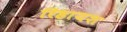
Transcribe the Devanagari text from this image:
रिहायश